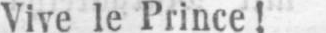
Vive le Prince!